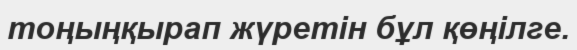
тоңыңқырап жүретін бұл қөңілге.